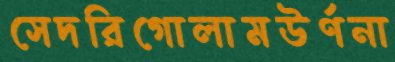
সেদরিগোলামউর্ণনা